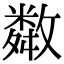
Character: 𢿻